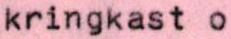
kringkast o